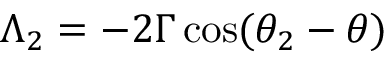
\Lambda _ { 2 } = - 2 \Gamma \, \mathrm { c o s } ( \theta _ { 2 } - \theta )